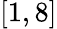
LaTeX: [1,8]